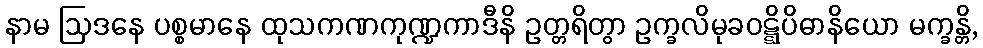
နာမ ဩဒနေ ပစ္စမာနေ ထုသကဏကုဏ္ဍကာဒီနိ ဥတ္တရိတွာ ဥက္ခလိမုခဝဋ္ဋိပိဓာနိယော မက္ခန္တိ,